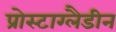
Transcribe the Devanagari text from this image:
प्रोस्टाग्लैडीन